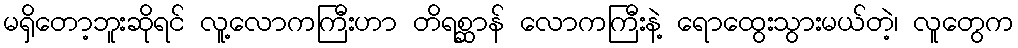
မရှိတော့ဘူးဆိုရင် လူ့လောကကြီးဟာ တိရစ္ဆာန် လောကကြီးနဲ့ ရောထွေးသွားမယ်တဲ့၊ လူတွေက